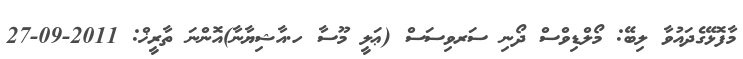
މާފޮޅޭގެދައުވާ ލިބޭ: މޯލްޑިވްސް ދޯނި ސަރވިސަސް (ޢަލީ މޫސާ ހ.އާޝިޔާނާ)އޮންނަ ތާރީޚް: 2011-09-27